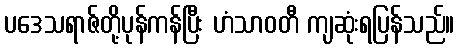
ပဒေသရာဇ်တို့ပုန်ကန်ပြီး ဟံသာဝတီ ကျဆုံးရပြန်သည်။